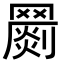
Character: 𦌞